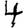
Digit: 4